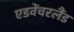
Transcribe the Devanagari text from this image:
एडवेंचरलैंड